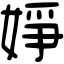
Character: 婙